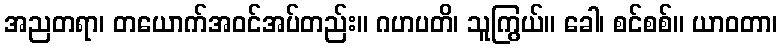
အညတရာ၊ တယောက်အဝင်အပ်တည်း။ ဂဟပတိ၊ သူကြွယ်။ ခေါ၊ စင်စစ်။ ယာဝတာ၊